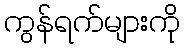
ကွန်ရက်များကို